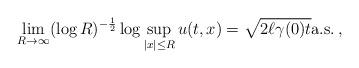
LaTeX: \begin{align*}\lim_{R\to\infty}(\log R)^{-\frac12}\log \sup_{|x|\le R}u(t,x)=\sqrt{2\ell \gamma(0)t}\mathrm{a.s.}\,,\end{align*}